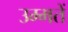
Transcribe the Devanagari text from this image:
उम्मतें